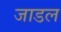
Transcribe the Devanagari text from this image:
जाडल